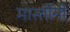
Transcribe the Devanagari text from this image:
मास्तीनी